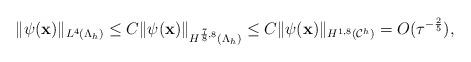
LaTeX: \begin{align*} \|\psi(\mathbf x)\|_{L^{4}(\Lambda_h)}\leq C \|\psi(\mathbf x)\|_{H^{\frac{7}{8},8}(\Lambda_h)}\leq C\|\psi(\mathbf x)\|_{H^{1,8}(\mathcal C^h)}= O(\tau^{-\frac{2}{5}}), \end{align*}